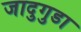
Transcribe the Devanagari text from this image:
जादुगुडा